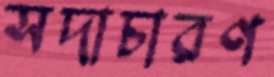
সদাচারণ